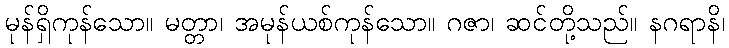
မုန်ရှိကုန်သော။ မတ္တာ၊ အမုန်ယစ်ကုန်သော။ ဂဇာ၊ ဆင်တို့သည်။ နဂရာနိ၊